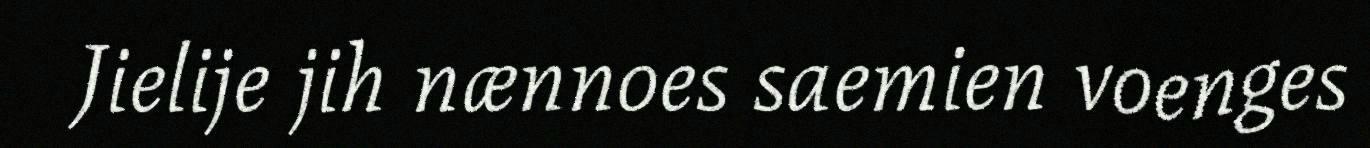
Jielije jih nænnoes saemien voenges